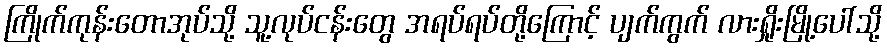
ကြိုက်ကုန်းတောအုပ်သို့ သူ့လုပ်ငန်းတွေ အရပ်ရပ်တို့ကြောင့် ပျက်ကွက် လားရှိုးမြို့ပေါ်သို့